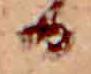
る